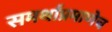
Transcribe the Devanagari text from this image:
समर्थांप्रमाणेच